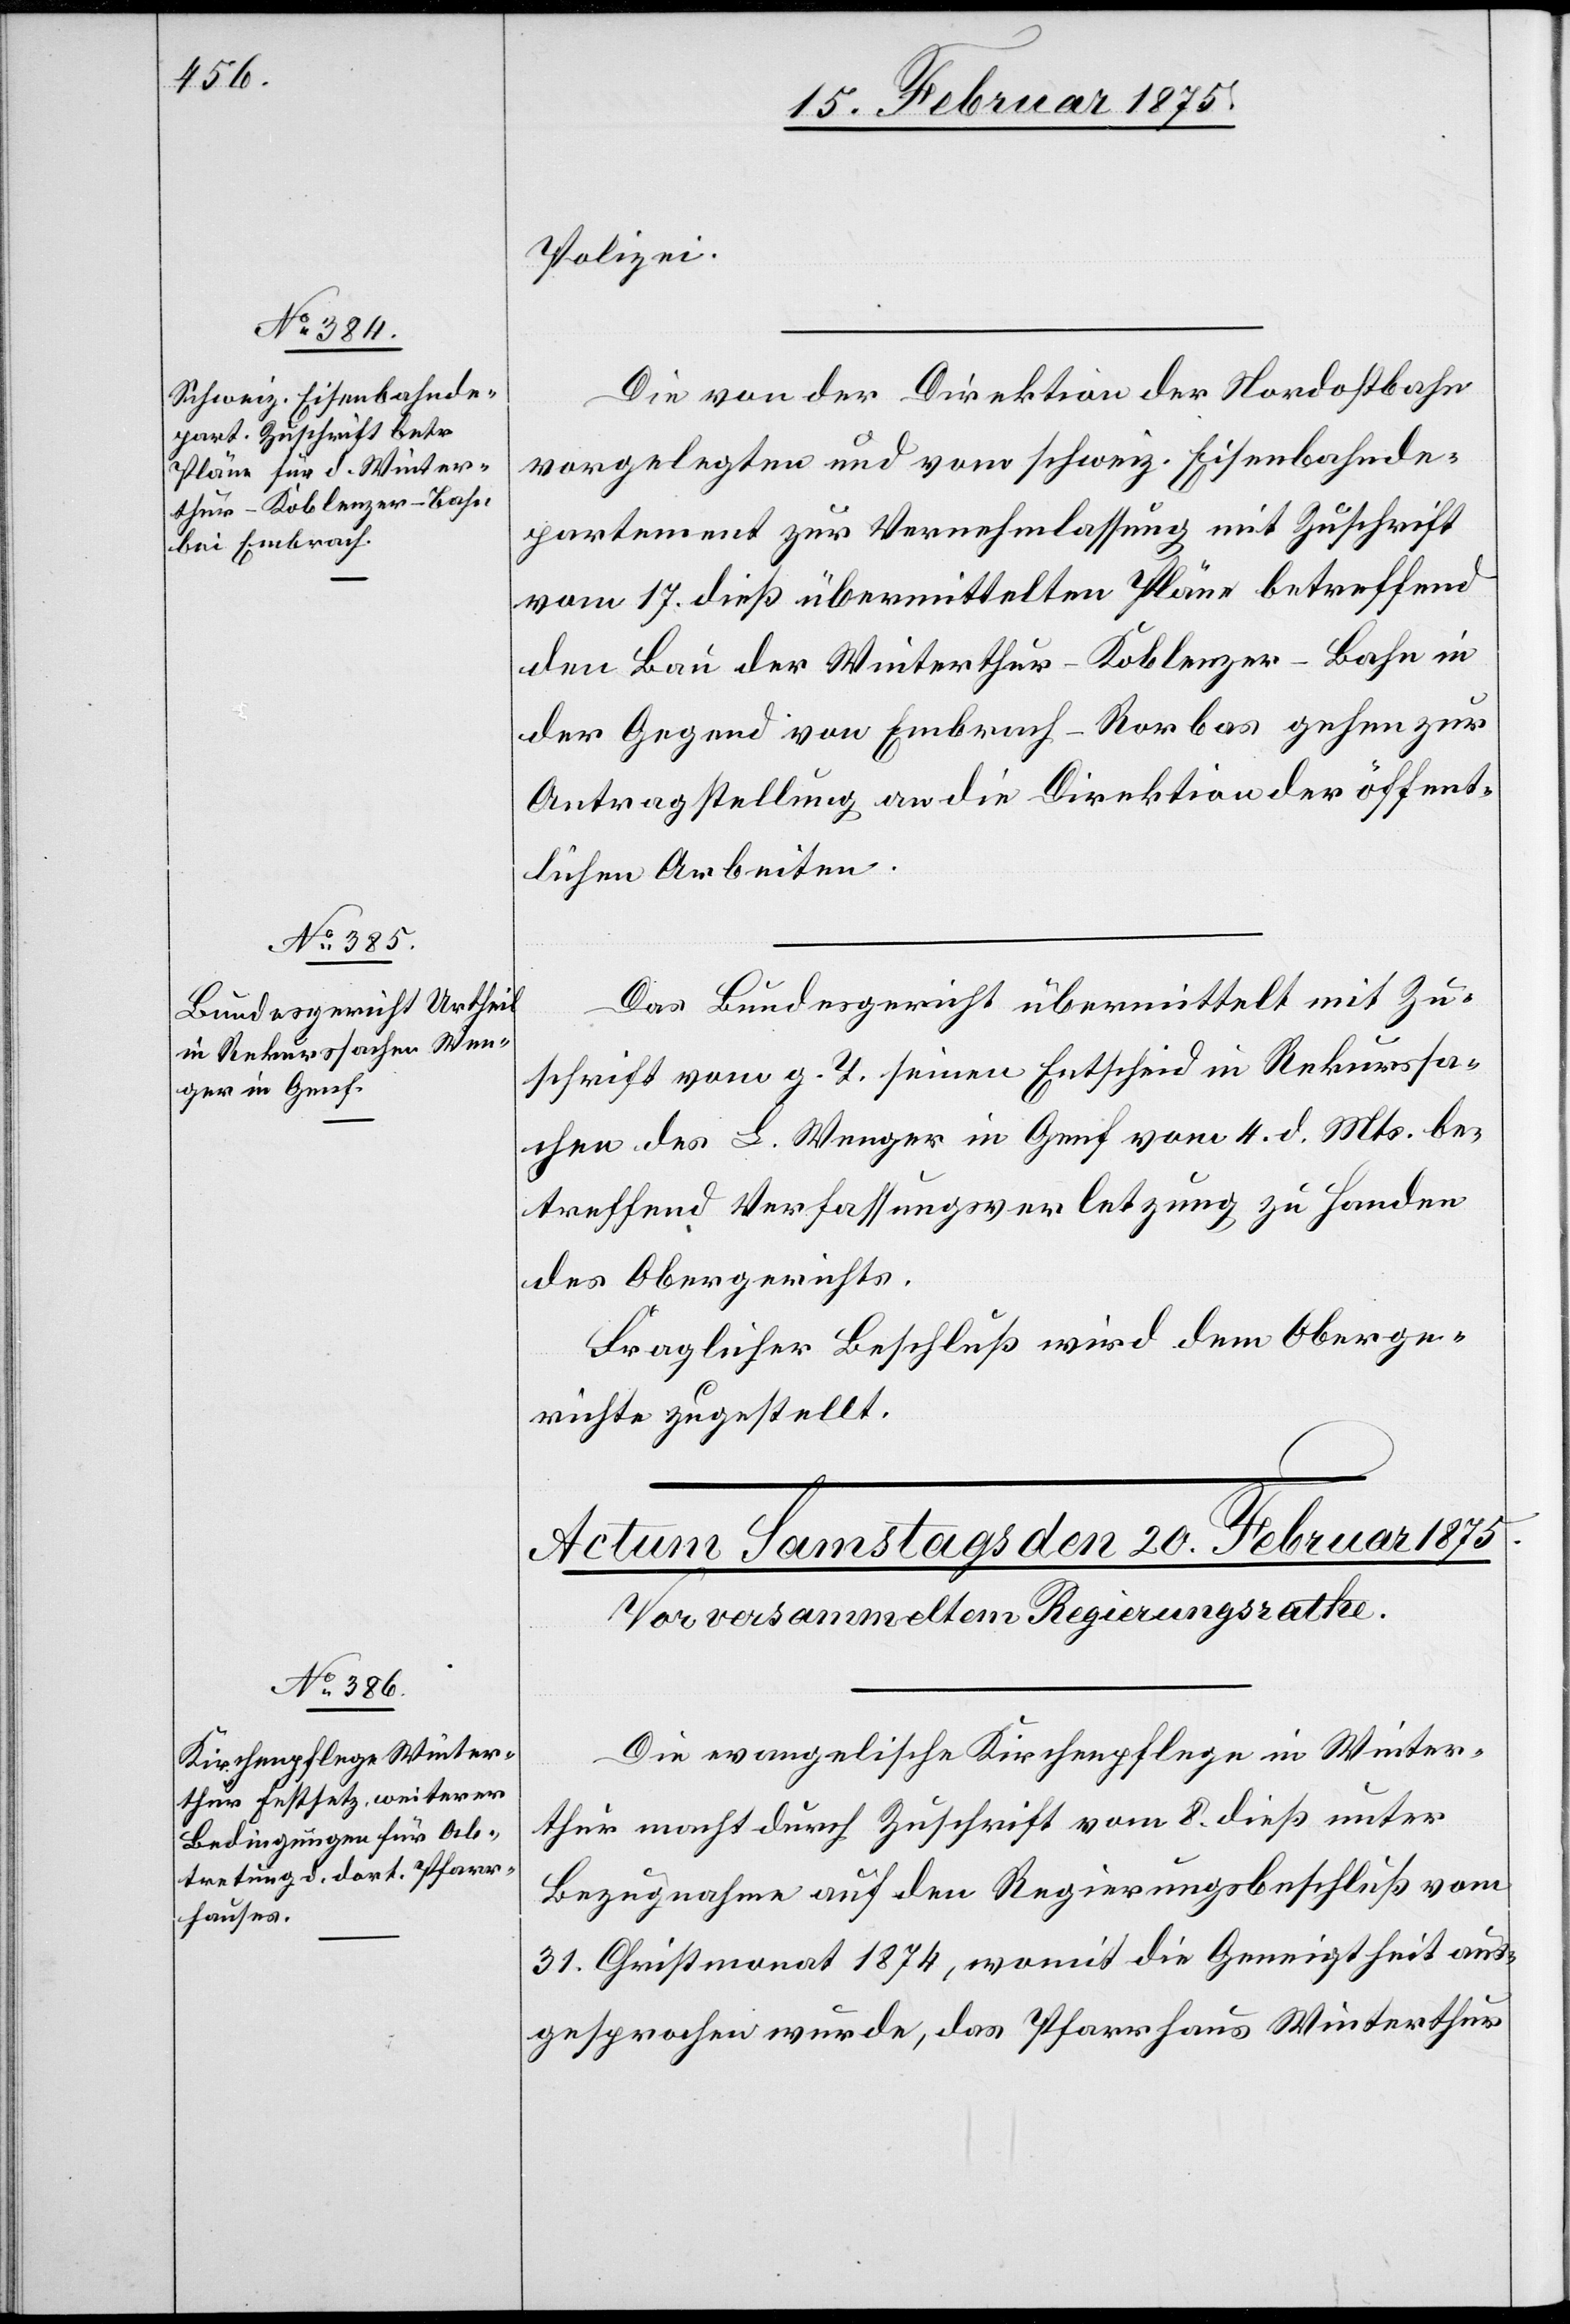
19. Februar 1875.]
Polizei.
Die von der Direktion der Nordostbahn
vorgelegten und vom schweiz. Eisenbahnde¬
partement zur Vernehmlassung mit Zuschrift
vom 17. dieß übermittelten Pläne betreffend
den Bau der Winterthur–Koblenzer-Bahn in
der Gegend von Embrach-Rorbas gehen zur
Antragstellung an die Direktion der öffent¬
lichen Arbeiten.
Das Bundesgericht übermittelt mit Zu¬
schrift vom g. T. seinen Entscheid in Rekurssa¬
chen des L. Wenger in Genf vom 4. d. Mts. be¬
treffend Verfassungsverletzung zu Handen
des Obergerichts.
Fraglicher Beschluß wird dem Oberge¬
richte zugestellt.
Die evangelische Kirchenpflege in Winter¬
thur macht durch Zuschrift vom 8. dieß unter
Bezugnahme auf den Regierungsbeschluß vom
31. Christmonat 1874, womit die Geneigtheit aus¬
gesprochen wurde, das Pfarrhaus Winterthur